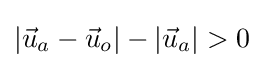
|{\vec {u}}_{a}-{\vec {u}}_{o}|-|{\vec {u}}_{a}|>0